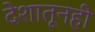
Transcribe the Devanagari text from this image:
देशातूनही